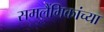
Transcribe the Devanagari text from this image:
समलैंगिकांच्या